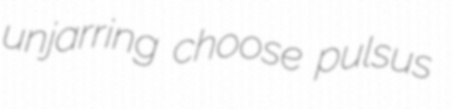
unjarring choose pulsus